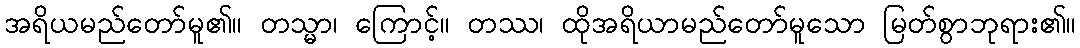
အရိယမည်တော်မူ၏။ တသ္မာ၊ ကြောင့်။ တဿ၊ ထိုအရိယာမည်တော်မူသော မြတ်စွာဘုရား၏။